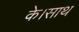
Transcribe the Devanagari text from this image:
के।साथ